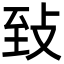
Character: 𦤺